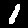
Label: 1